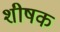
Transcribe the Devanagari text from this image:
शीषक